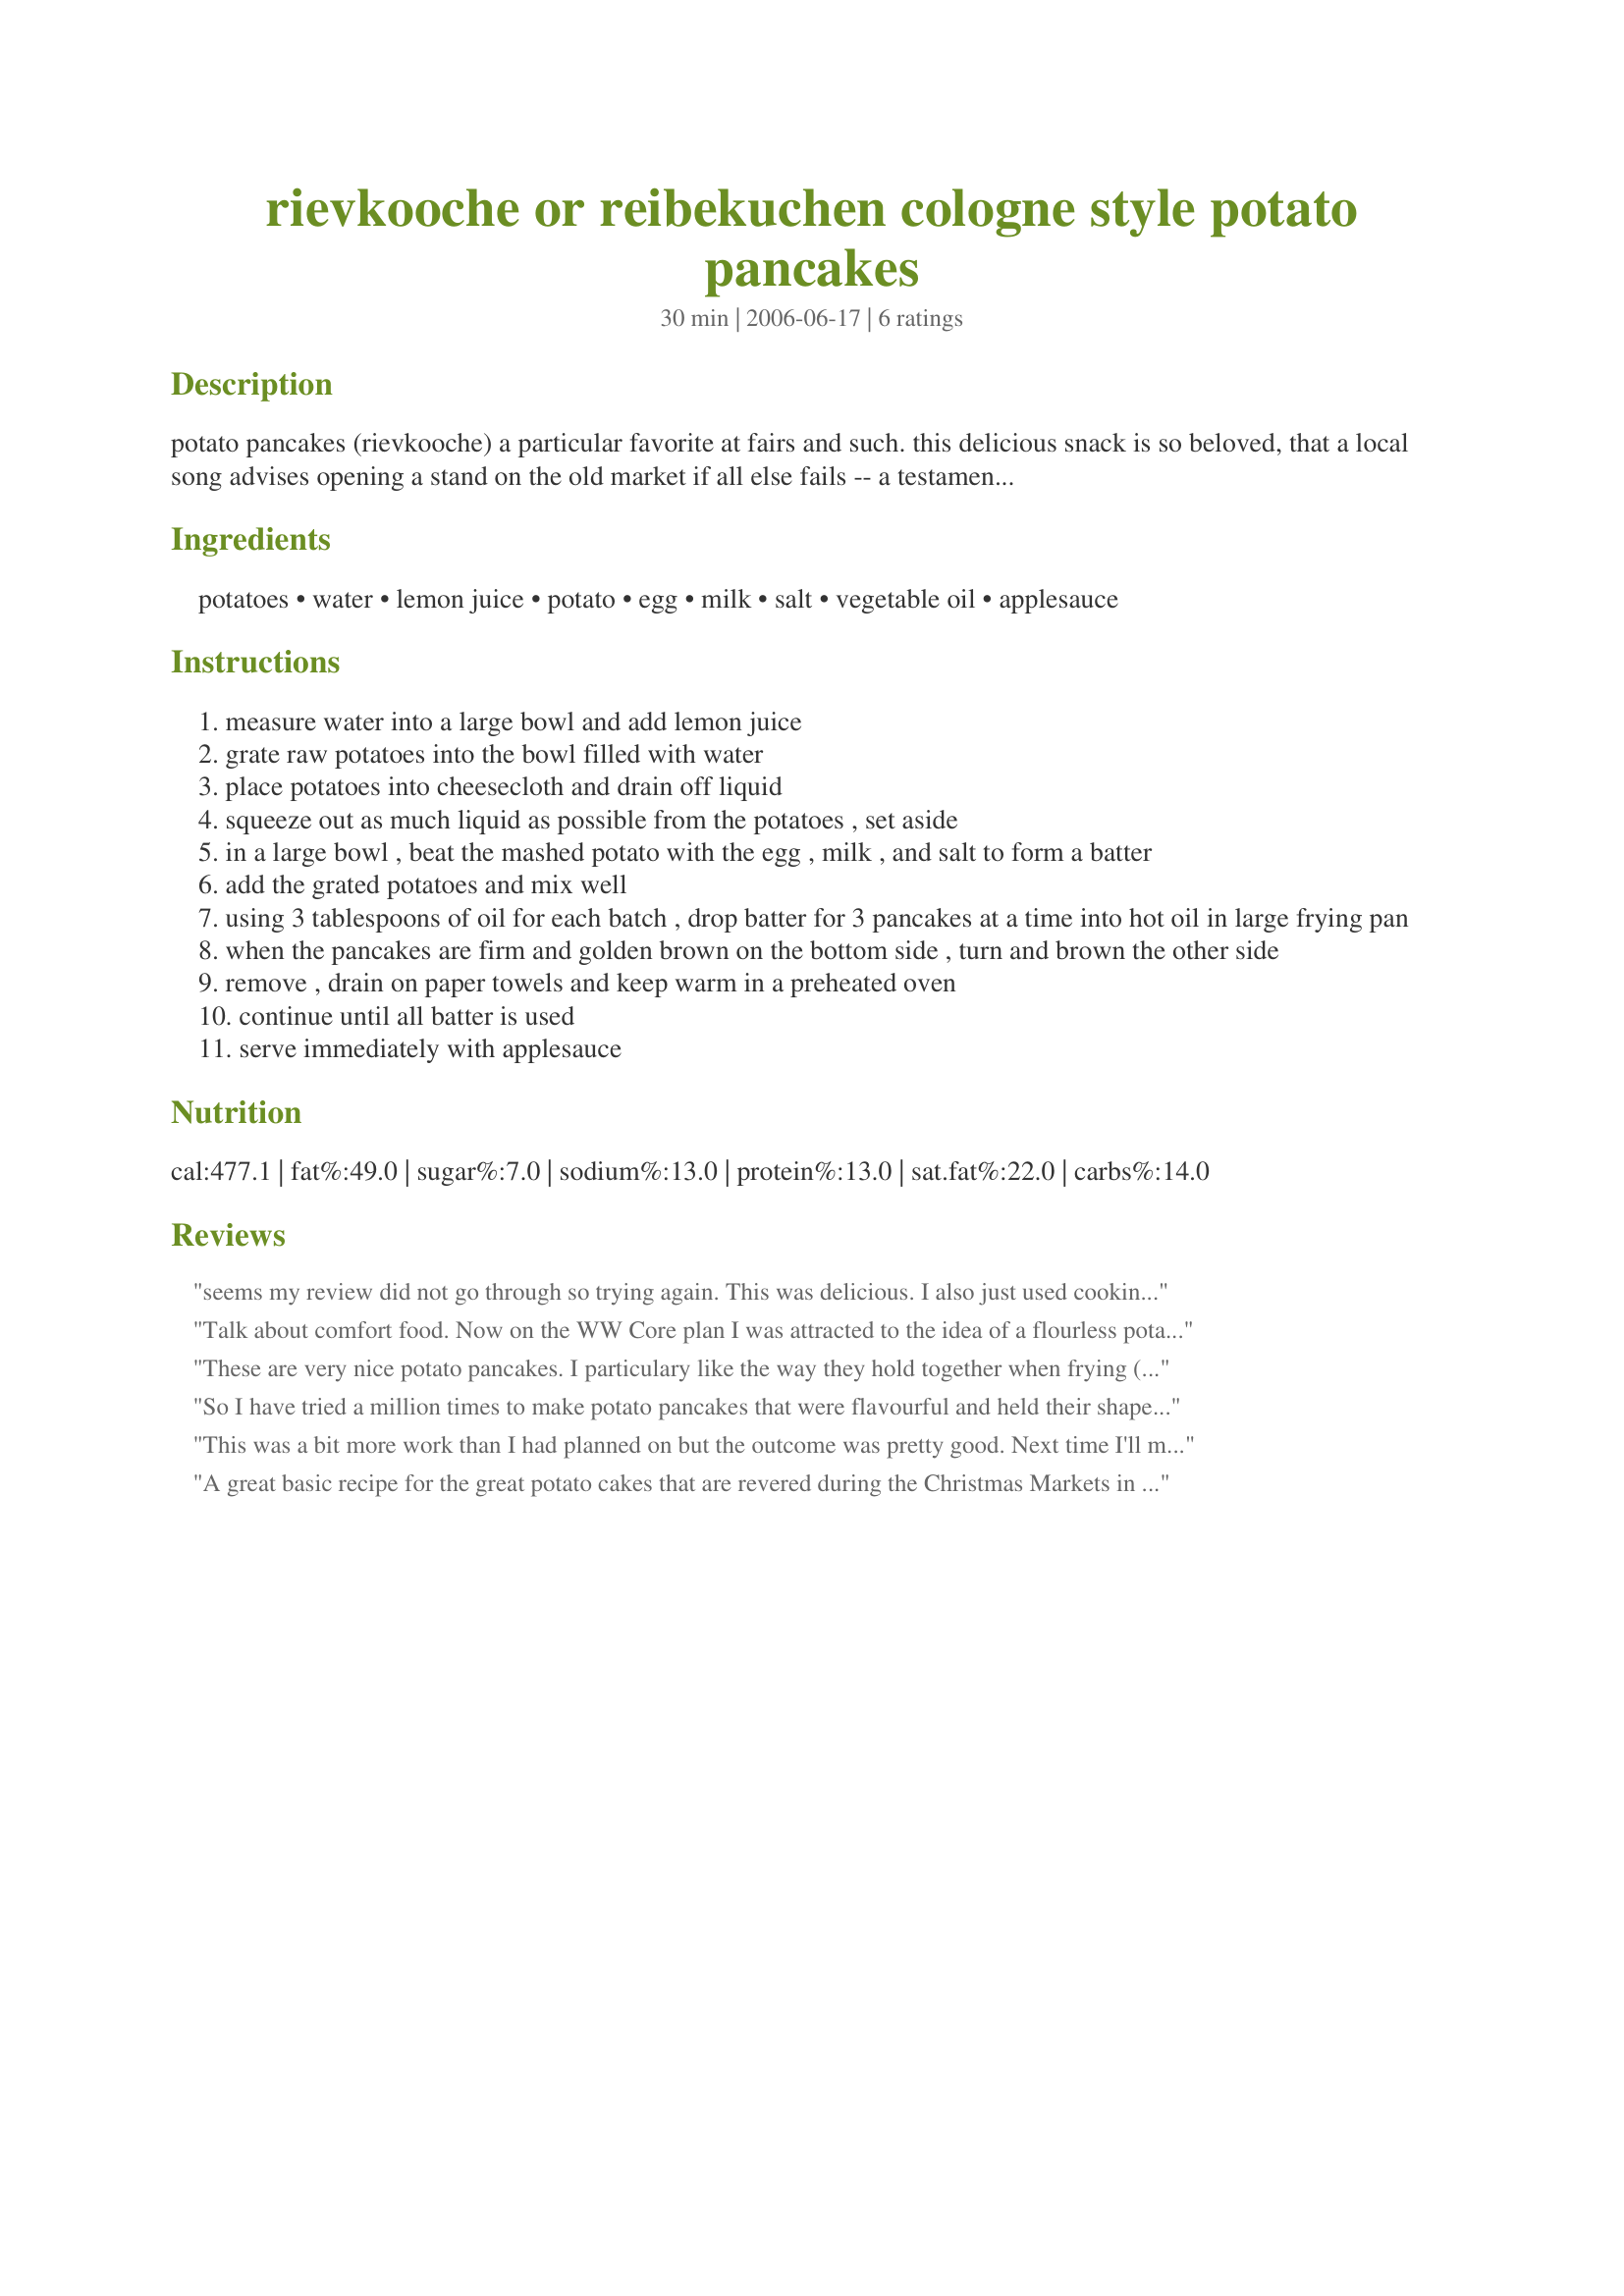
rievkooche or reibekuchen cologne style potato pancakes
Preparation time: 30 minutes

potato pancakes (rievkooche) a particular favorite at fairs and such. this delicious snack is so beloved, that a local song advises opening a stand on the old market if all else fails -- a testament to the snack's sure-sale appeal. the pancakes are freshly fried and eaten with applesauce as visitors stroll between attractions. the following recipe gives you a taste of why these treats are so popular. posted for the zaar world tour 2006. i haven't made this recipe so the cooking and prep time are just guesses.

Ingredients:
potatoes, water, lemon juice, potato, egg, milk, salt, vegetable oil, applesauce

Steps:
measure water into a large bowl and add lemon juice
grate raw potatoes into the bowl filled with water
place potatoes into cheesecloth and drain off liquid
squeeze out as much liquid as possible from the potatoes , set aside
in a large bowl , beat the mashed potato with the egg , milk , and salt to form a batter
add the grated potatoes and mix well
using 3 tablespoons of oil for each batch , drop batter for 3 pancakes at a time into hot oil in large frying pan
when the pancakes are firm and golden brown on the bottom side , turn and brown the other side
remove , drain on paper towels and keep warm in a preheated oven
continue until all batter is used
serve immediately with applesauce

Reviews:
seems my review did not go through so trying again. This was delicious. I also just used cooking spray to fry them in and the mashed potatoes really made a great consistency for the whole.
Talk about comfort food. Now on the WW Core plan I was attracted to the idea of a flourless potato pancake. The mashed tuber makes a great binding and interesting texture contrast with the grated potato. With permission from the posting chef, I did a combination of frying and baking to make these delicious and lowfat. :D To do this I initially cooked them on a non-stick skillet brushed with olive oil over high heat for 3 minutes, flipping half way. Once I had a good crust and firmness they were popped into a 425 degree oven for 14-16 minutes. Served these with a Boca burger and noticed the pancakes did well with a bit of spicy mustard which leads me to want to try a savory batch, perhaps a little fresh chives placed right in the batter. Thanks for a great recipe and a chance to expand my dining options. Made for Went to the Market Game.
These are very nice potato pancakes. I particulary like the way they hold together when frying (and I used very little oil - just used a coating of spray). I think it must be the clever use of a mashed potato in the mix. Thanks so much for sharing!
So I have tried a million times to make potato pancakes that were flavourful and held their shape. well, I may be exagerating, but I've tried a lot. Now, I can finally say that I have found the perfect recipe. The taste, texture, ease of cooking...all are terrific. Thanks for sharing. Made for ZWT6 Seasoned Sailor and his Sassy Sirens.
This was a bit more work than I had planned on but the outcome was pretty good. Next time I'll make them smaller, cook on a lower heat, and cook them for longer. I found that some of the shredded potatoes were not completely cooked in mine. Daughter loved them and ate most of what was on the plate! I believe the prep time should be extended to 30 minutes...maybe it was just me, but by the time you peel and cook the first bit of potato and start on the remainder of the recipe it takes longer than 15 minutes. Thanks for posting this Kim, I'll try them again and perhaps add some onion and more salt (plus pepper).
A great basic recipe for the great potato cakes that are revered during the Christmas Markets in the Rheinland-Pfalz region of Germany. Try adding a little bit of mixed herbs to taste. The best way and the traditional way to serve is with the apfelmus(plain apple sauce) for dipping. Yum!! Schmeckt gut!
